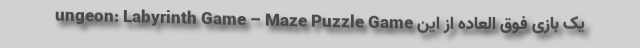
ungeon: Labyrinth Game – Maze Puzzle Game یک بازی فوق العاده از این